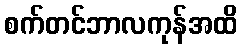
စက်တင်ဘာလကုန်အထိ